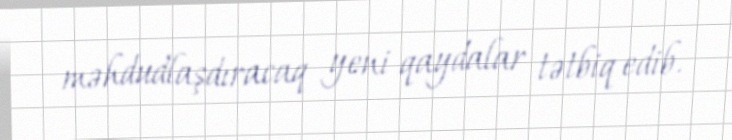
məhdudlaşdıracaq yeni qaydalar tətbiq edib.